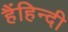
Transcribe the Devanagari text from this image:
हैंहिन्दी